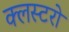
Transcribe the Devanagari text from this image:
क्लस्टरों